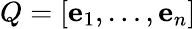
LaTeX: Q=\left[\mathbf{e}_{1},\ldots,\mathbf{e}_{n}\right]